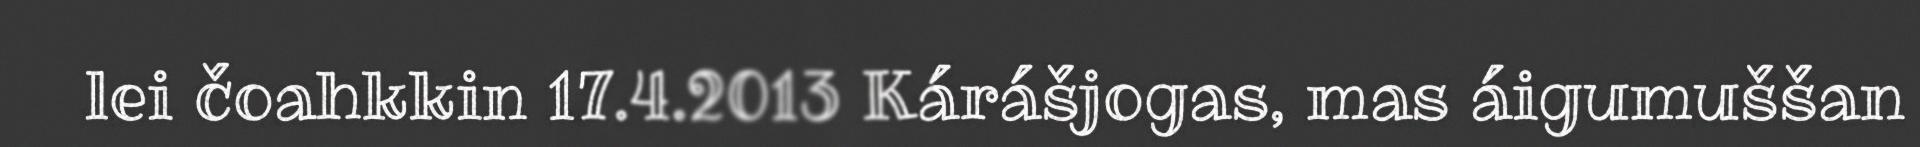
lei čoahkkin 17.4.2013 Kárášjogas, mas áigumuššan